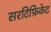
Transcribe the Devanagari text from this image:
सरटिफ़िकेट